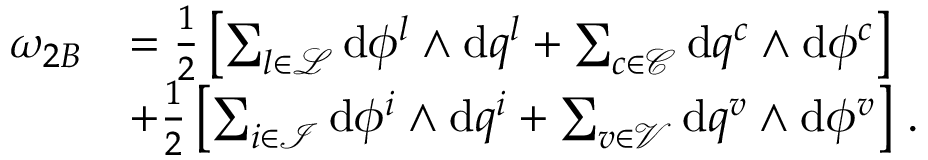
\begin{array} { r l } { \omega _ { 2 B } } & { = \frac { 1 } { 2 } \left[ \sum _ { l \in \mathcal { L } } \mathrm { d } \phi ^ { { l } } \wedge \mathrm { d } q ^ { l } + \sum _ { c \in \mathcal { C } } \mathrm { d } q ^ { c } \wedge \mathrm { d } \phi ^ { { c } } \right] } \\ & { + \frac { 1 } { 2 } \left[ \sum _ { i \in \mathcal { I } } \mathrm { d } \phi ^ { { i } } \wedge \mathrm { d } q ^ { i } + \sum _ { v \in \mathcal { V } } \mathrm { d } q ^ { v } \wedge \mathrm { d } \phi ^ { { v } } \right] \, . } \end{array}